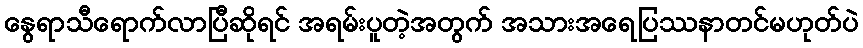
နွေရာသီရောက်လာပြီဆိုရင် အရမ်းပူတဲ့အတွက် အသားအရေပြဿနာတင်မဟုတ်ပဲ